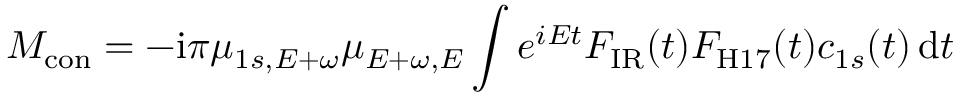
M _ { \mathrm { { c o n } } } = - \mathrm i \pi \mu _ { 1 s , E + \omega } \mu _ { E + \omega , E } \int e ^ { i E t } F _ { \mathrm { { I R } } } ( t ) F _ { \mathrm { { H 1 7 } } } ( t ) c _ { 1 s } ( t ) \, \mathrm d t